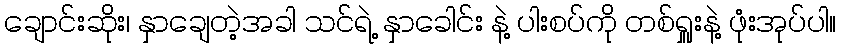
ချောင်းဆိုး၊ နှာချေတဲ့အခါ သင်ရဲ့ နှာခေါင်း နဲ့ ပါးစပ်ကို တစ်ရှူးနဲ့ ဖုံးအုပ်ပါ။